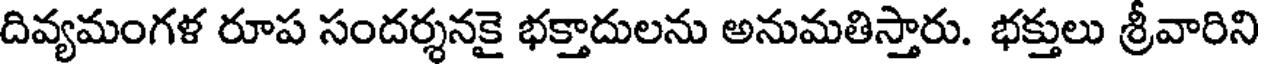
దివ్యమంగళ రూప సందర్శనకై భక్తాదులను అనుమతిస్తారు. భక్తులు శ్రీవారిని